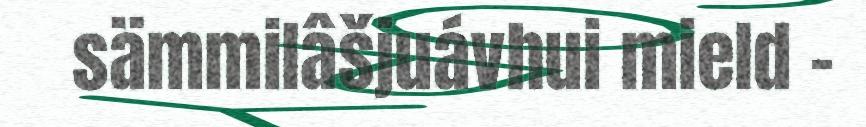
sämmilâšjuávhui mield -